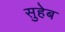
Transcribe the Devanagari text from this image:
सुहेब